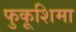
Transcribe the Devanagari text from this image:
फुकूशिमा